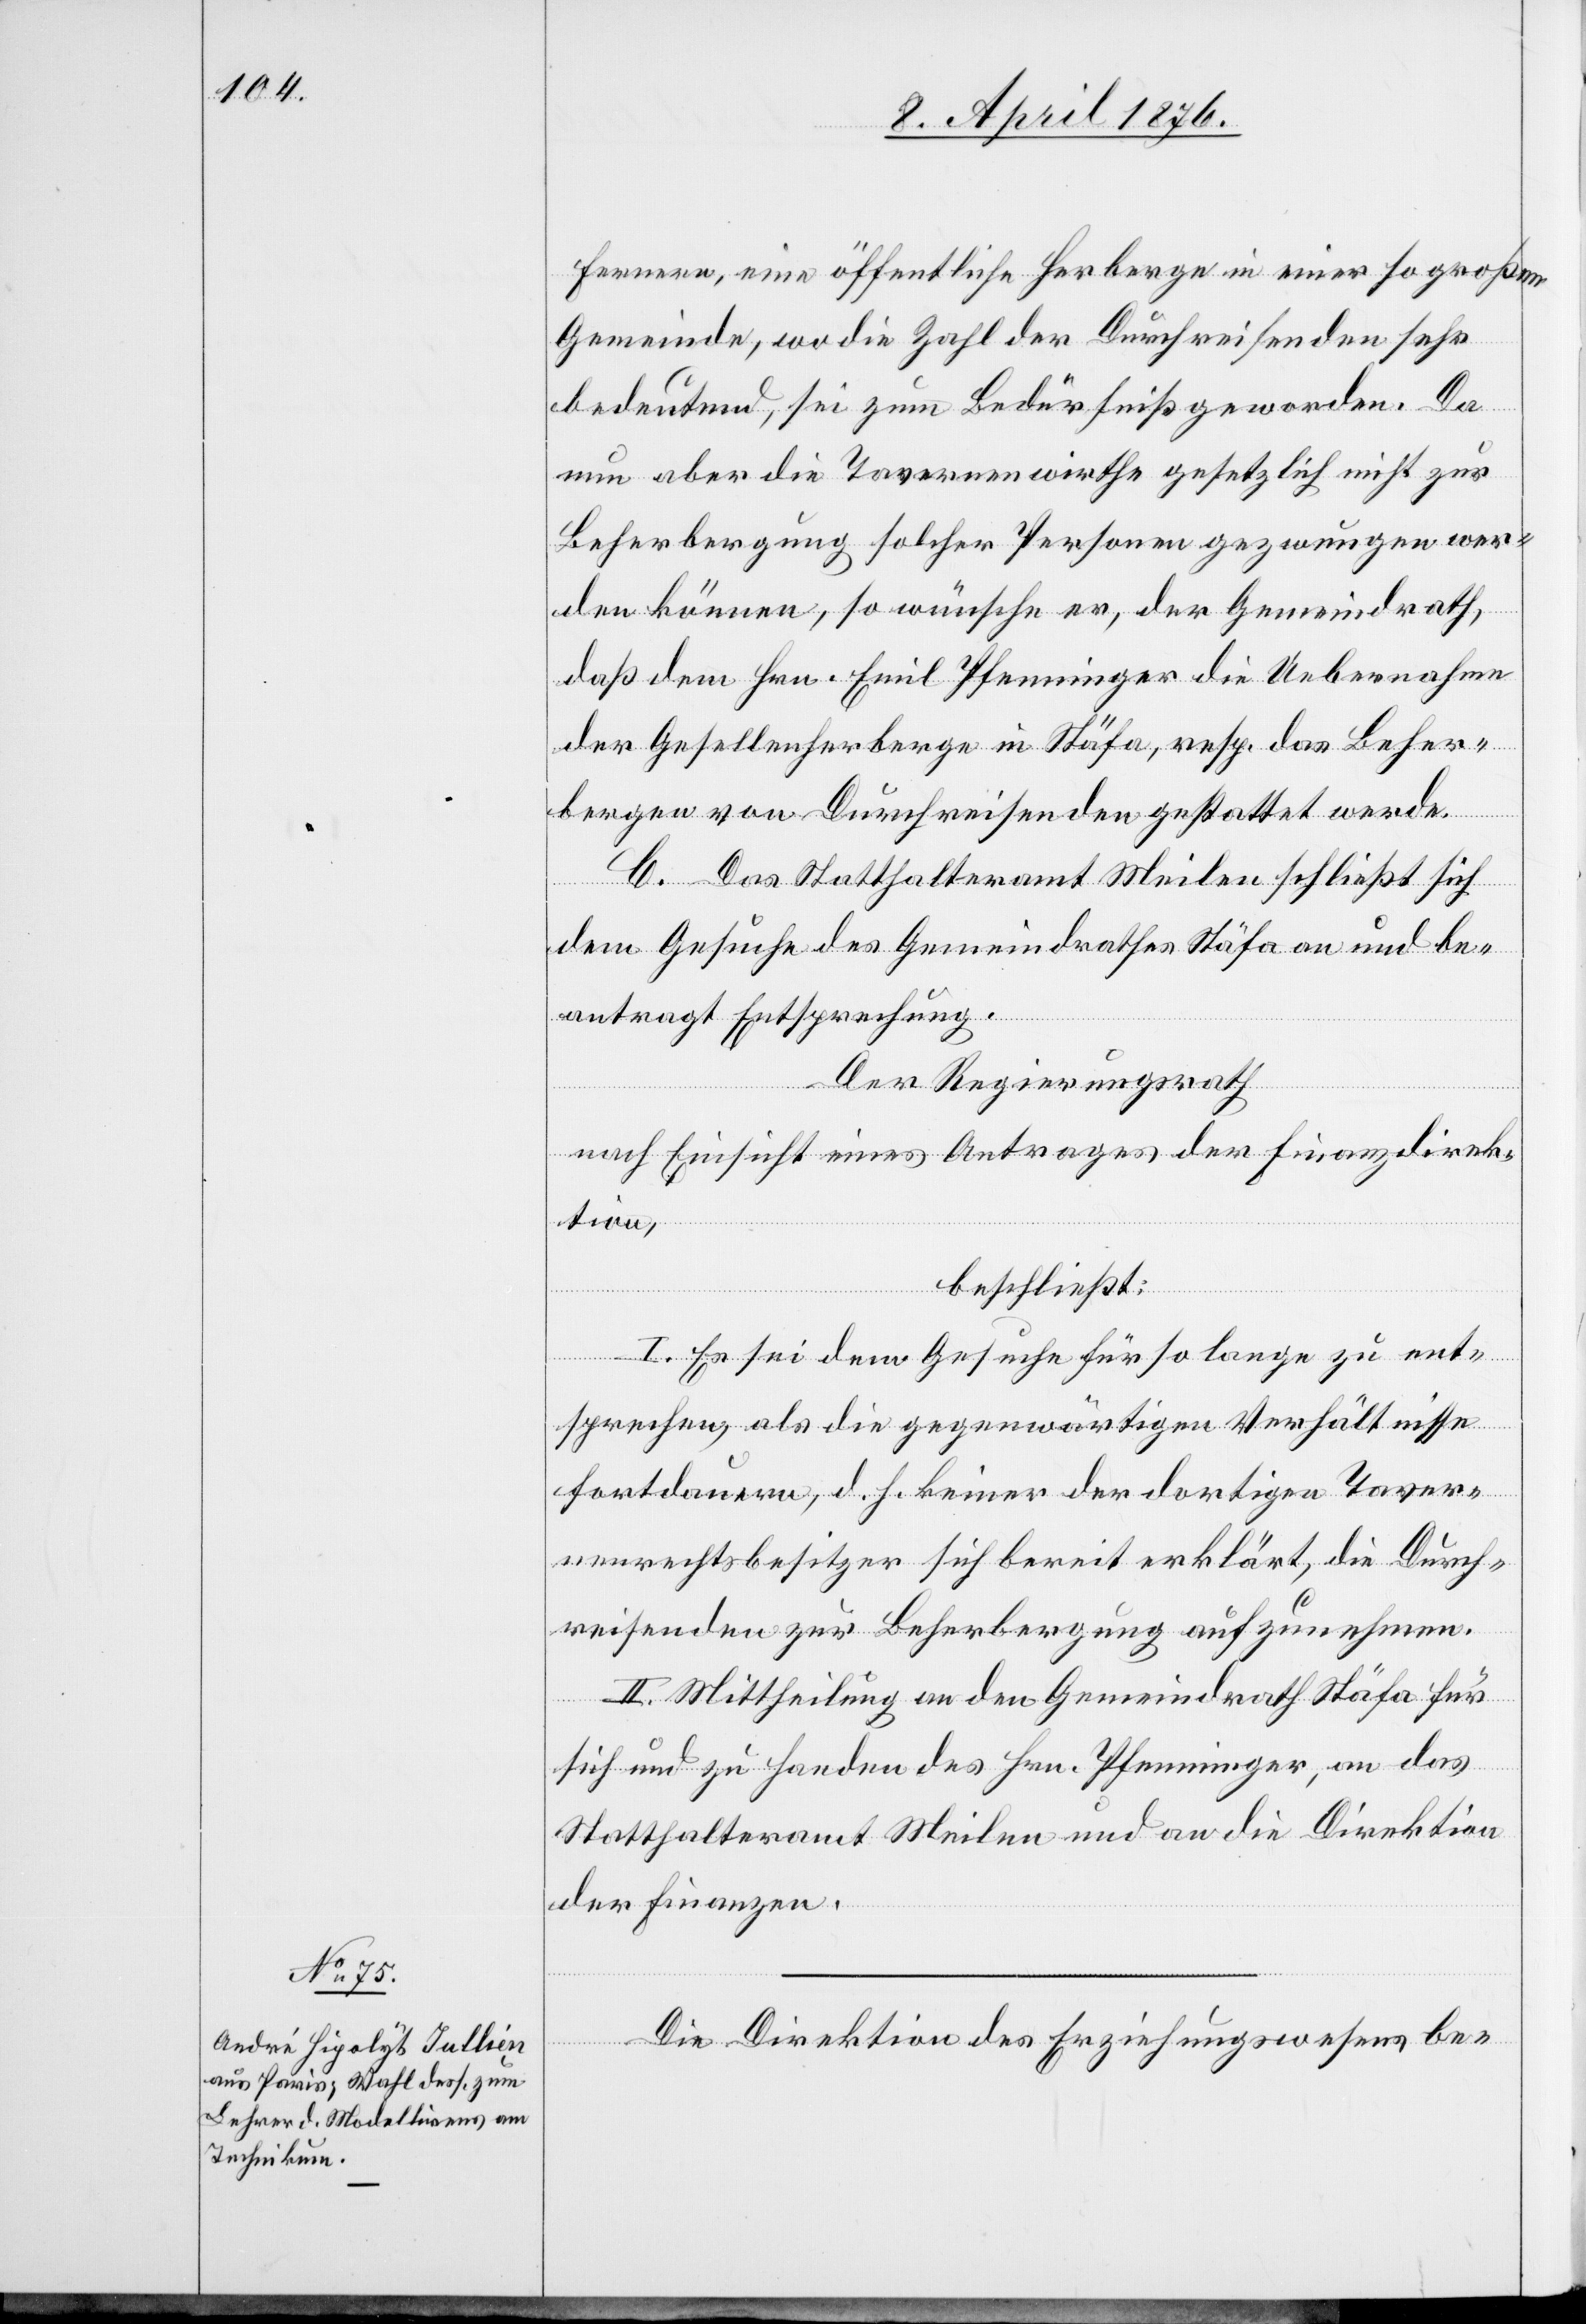
Fernern, eine öffentliche Herberge einer so großen
Gemeinde, wo die Zahl der Durchreisenden sehr
bedeutend, sei zum Bedürfniß geworden. Da
nun aber die Tavernenwirthe gesetzlich nicht zur
Beherbergung solcher Personen gezwungen wer¬
den können, so wünsche er, der Gemeindrath,
daß dem Hrn. Emil Pfenninger die Uebernahme
der Gesellenherberge in Stäfa, resp. das Beher¬
bergen von Durchreisenden gestattet werde.
C. Das Statthalteramt Meilen schließt sich
dem Gesuche des Gemeindrathes Stäfa an und be¬
antragt Entsprechung.
Der Regierungsrath
nach Einsicht eines Antrages der Finanzdirek¬
tion,
beschließt:
I. Es sei dem Gesuche für so lange zu ent¬
sprechen, als die gegenwärtigen Verhältnisse
fortdauern, d. h. keiner der dortigen Taver¬
nenrechtsbesitzer sich bereit erklärt, die Durch¬
reisenden zur Beherbergung aufzunehmen.
II. Mittheilung an den Gemeindrath Stäfa für
sich und zu Handen des Hrn. Pfenninger, an das
Statthalteramt Meilen und an die Direktion
der Finanzen.
Die Direktion des Erziehungswesens be-